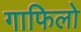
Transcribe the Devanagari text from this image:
गाफिलो